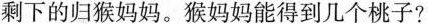
剩下的归猴妈妈。猴妈妈能得到几个桃子？